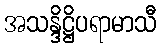
အသန္ဒိဋ္ဌိပရာမာသီ